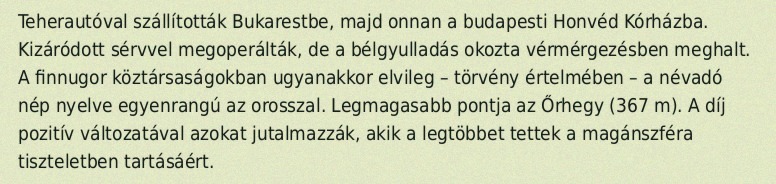
Teherautóval szállították Bukarestbe, majd onnan a budapesti Honvéd Kórházba. Kizáródott sérvvel megoperálták, de a bélgyulladás okozta vérmérgezésben meghalt. A finnugor köztársaságokban ugyanakkor elvileg – törvény értelmében – a névadó nép nyelve egyenrangú az orosszal. Legmagasabb pontja az Őrhegy (367 m). A díj pozitív változatával azokat jutalmazzák, akik a legtöbbet tettek a magánszféra tiszteletben tartásáért.